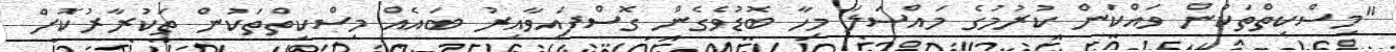
"މިސްކިތްތަކުން ވައްކަން ކުރުމުގެ މައްސަލަ މިހާ ބޮޑުވެގެން ގޮސްފައިވާއިރު ބައެއް މިސްކިތްތަކުން ތަކުރާރުކޮށް